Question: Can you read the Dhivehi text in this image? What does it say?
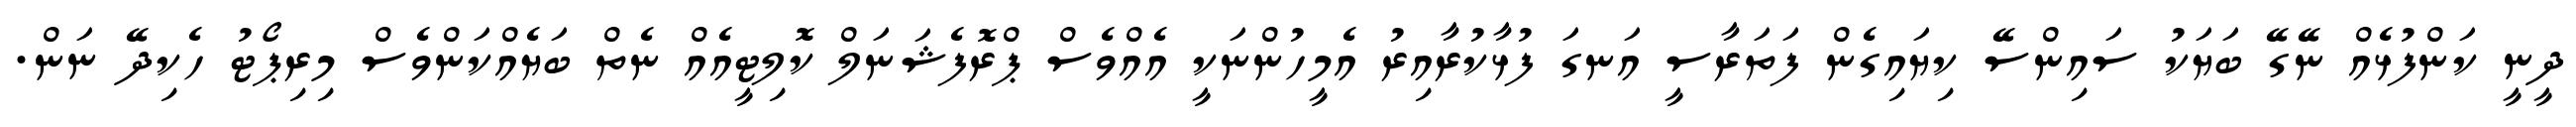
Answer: ދީނީ ކަންފުޅެއް ނޭގޭ ބަޔަކު ސައިންސޭ ކިޔައިގެން ފަތަރާސީ އަނގަ ފުޅާކުރާއިރު އެމީހުންނަކީ އެއްވެސް ޕްރޮފެޝަނަލް ކޮލިޓީއެއް ނެތް ބަޔެއްކަންވެސް މިރިޕޯޓު ހެކިދޭ ނަން.